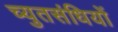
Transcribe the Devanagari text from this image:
च्युतसंधियों